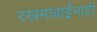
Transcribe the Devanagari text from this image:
रखमाबाईंनाही